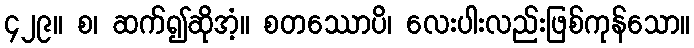
၄၂၉။ စ၊ ဆက်၍ဆိုအံ့။ စတဿောပိ၊ လေးပါးလည်းဖြစ်ကုန်သော။